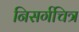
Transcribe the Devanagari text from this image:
निसर्गचित्र